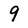
Character: 9